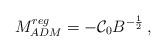
LaTeX: \begin{align*}M_{ADM}^{reg}=-\mathcal{C}_{0}B^{-\frac{1}{2}}\, ,\end{align*}